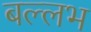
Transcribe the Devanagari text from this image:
बल्‍लभ